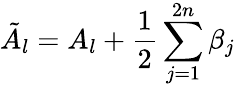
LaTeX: \tilde{A}_{l}=A_{l}+\frac{1}{2}\sum_{j=1}^{2n}\beta_{j}